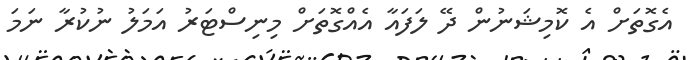
އެގޮތަށް އެ ކޮމިޝަނުން ދޭ ލަފައާ އެއްގޮތަށް މިނިސްޓަރު އަމަލު ނުކުރާ ނަމަ